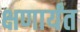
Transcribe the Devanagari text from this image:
क्षणार्यंत